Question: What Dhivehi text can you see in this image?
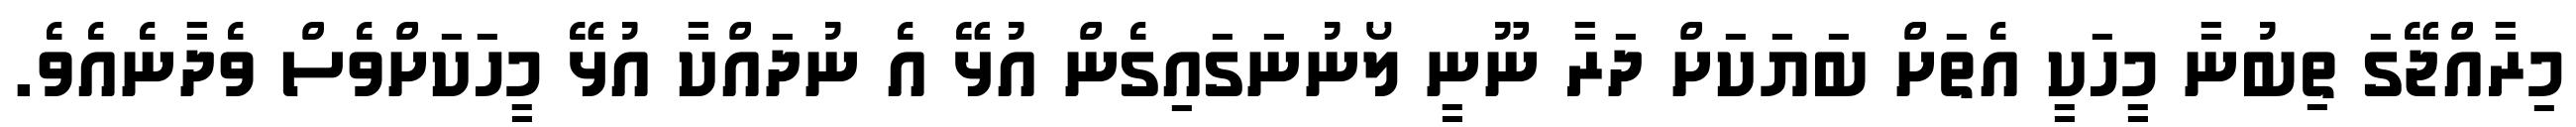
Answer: މިރާއްޖޭގަ ތިބުނާ މީހަކީ އެތަށް ބަޔަކަށް ދަރާ ނޫނީ ލޯނުނަގައިގެން އުޅޭ އެ ނުދައްކާ އުޅޭ މީހަކަށްވެސް ވެދާނެއެވެ.